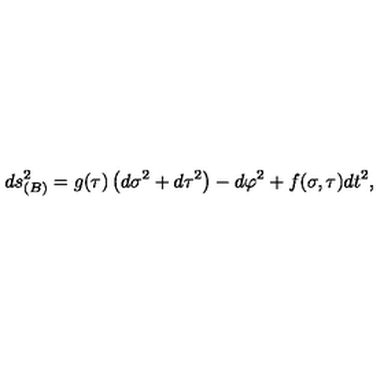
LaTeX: d s _ { ( B ) } ^ { 2 } = g ( \tau ) \left( d \sigma ^ { 2 } + d \tau ^ { 2 } \right) - d \varphi ^ { 2 } + f ( \sigma , \tau ) d t ^ { 2 } ,